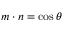
{ \boldsymbol { m } } \cdot { \boldsymbol { n } } = \cos \theta